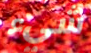
شيء